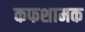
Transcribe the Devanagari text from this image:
कफशामक